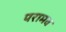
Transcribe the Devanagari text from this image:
परामव